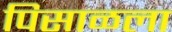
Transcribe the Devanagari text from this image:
पिसाळला